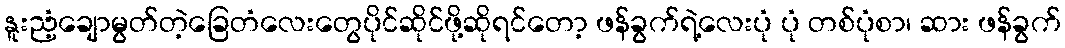
နူးညံ့ချောမွတ်တဲ့ခြေတံလေးတွေပိုင်ဆိုင်ဖို့ဆိုရင်တော့ ဖန်ခွက်ရဲ့လေးပုံ ပုံ တစ်ပုံစာ၊ ဆား ဖန်ခွက်